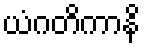
ယံဂတိကာနိ